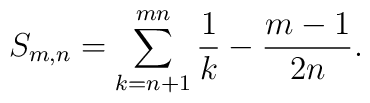
S_{m,n}=\sum_{k=n+1}^{mn}\frac{1}{k} - \frac{m-1}{2n}.